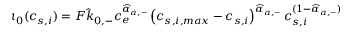
\iota _ { 0 } ( c _ { s , i } ) = F \widehat { k } _ { 0 , - } c _ { e } ^ { \widehat { \alpha } _ { a , - } } \left( c _ { s , i , m a x } - c _ { s , i } \right) ^ { \widehat { \alpha } _ { a , - } } c _ { s , i } ^ { ( 1 - \widehat { \alpha } _ { a , - } ) }